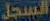
السجل